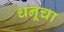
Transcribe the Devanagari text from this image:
धनूचा